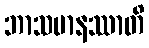
ဘာသမာနဿာတိ